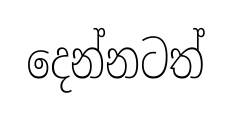
දෙන්නටත්